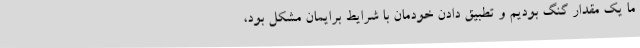
ما یک مقدار گنگ بودیم و تطبیق دادن خودمان با شرایط برایمان مشکل بود،